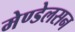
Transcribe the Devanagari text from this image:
मेण्डेलसन